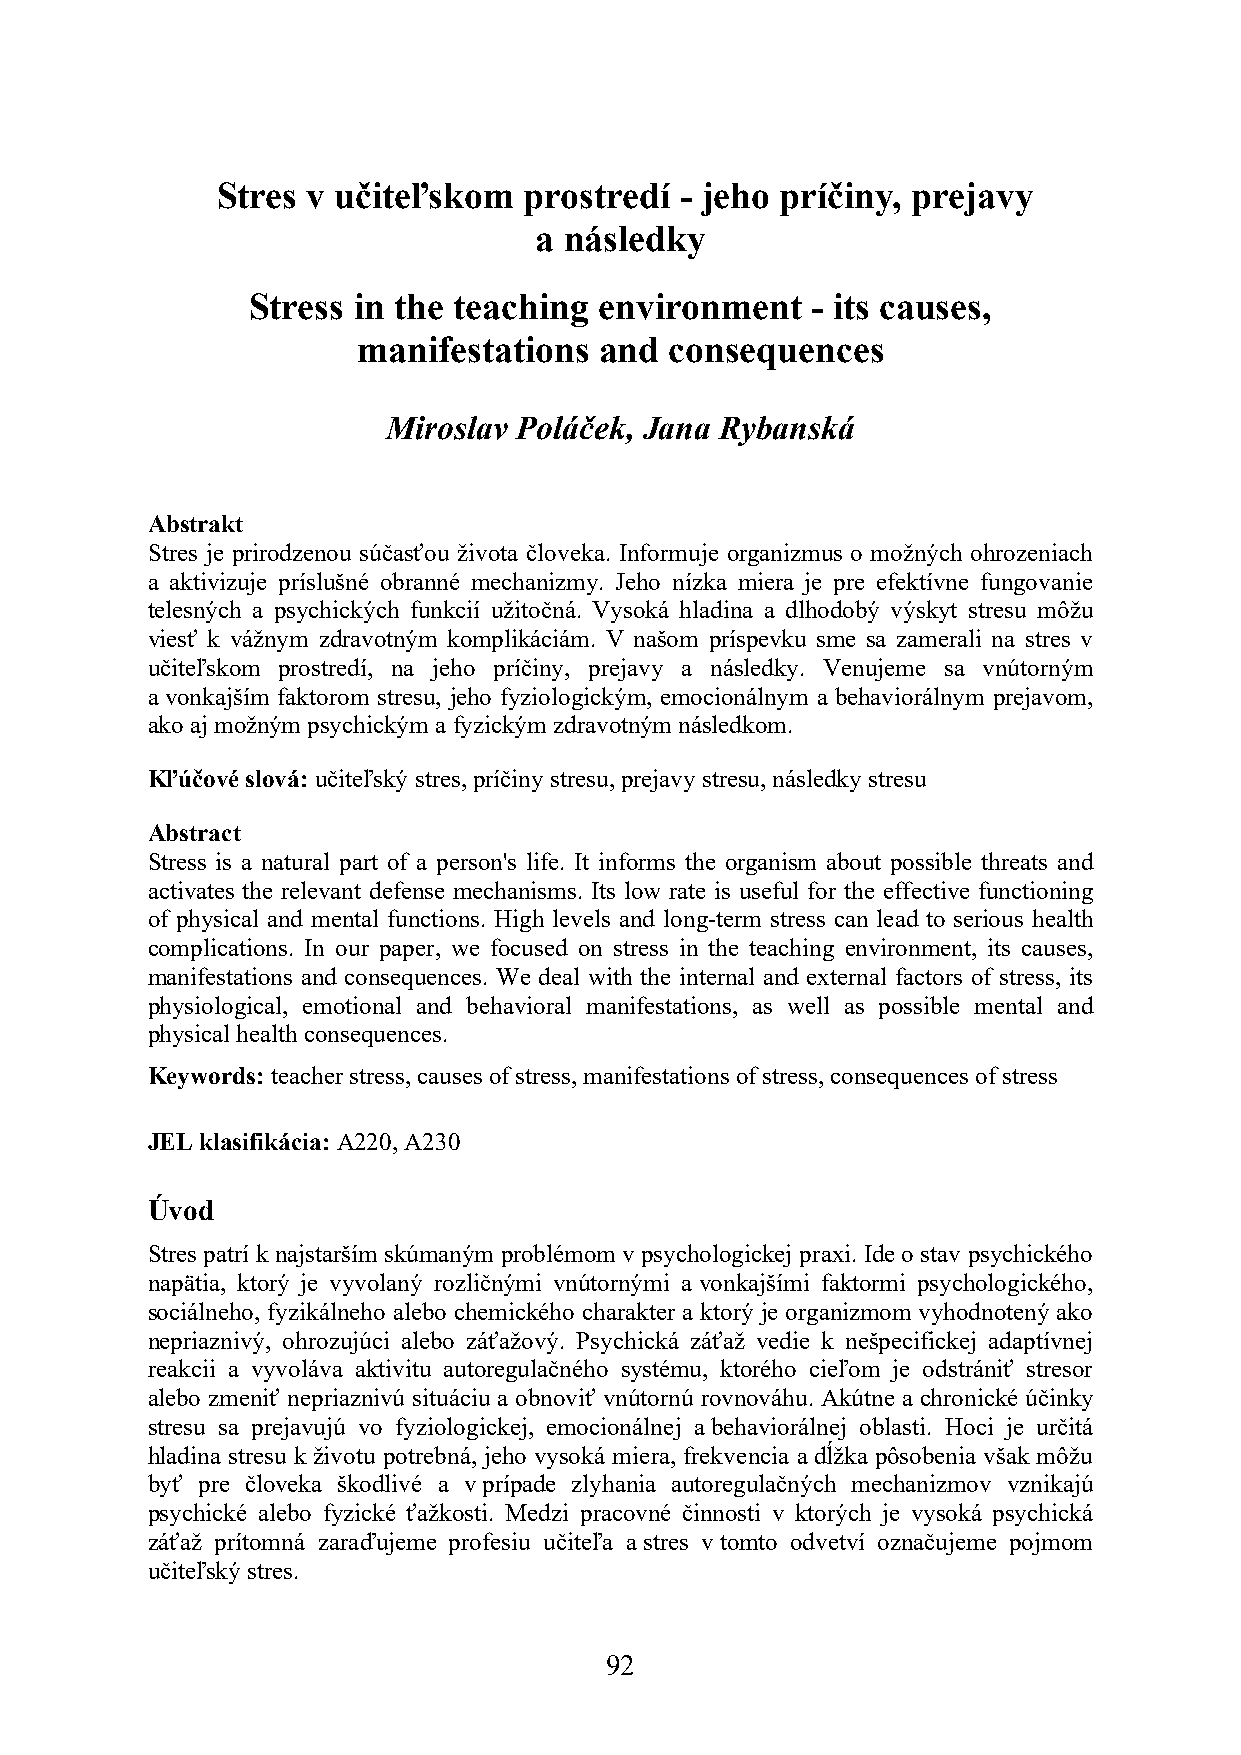
Stres v učiteľskom   prostredí - jeho príčiny, prejavy
 a následky
 Stress in the teaching  environment   - its causes,
 manifestations  and consequences
 Miroslav Poláček, Jana Rybanská
 Abstrakt
 Stres je prirodzenou súčasťou života človeka. Informuje organizmus o možných ohrozeniach
 a aktivizuje príslušné obranné mechanizmy. Jeho nízka miera je pre efektívne fungovanie
 telesných a psychických funkcií užitočná. Vysoká hladina a dlhodobý výskyt stresu môžu
 viesť k vážnym zdravotným komplikáciám. V našom príspevku sme sa zamerali na stres v
 učiteľskom prostredí, na jeho príčiny, prejavy a následky. Venujeme sa vnútorným
 a vonkajším faktorom stresu, jeho fyziologickým, emocionálnym a behaviorálnym prejavom,
 ako aj možným psychickým a fyzickým zdravotným následkom.
 Kľúčové slová: učiteľský stres, príčiny stresu, prejavy stresu, následky stresu
 Abstract
 Stress is a natural part of a person's life. It informs the organism about possible threats and
 activates the relevant defense mechanisms. Its low rate is useful for the effective functioning
 of physical and mental functions. High levels and long-term stress can lead to serious health
 complications. In our paper, we focused on stress in the teaching environment, its causes,
 manifestations and consequences. We deal with the internal and external factors of stress, its
 physiological, emotional and behavioral manifestations, as well as possible mental and
 physical health consequences.
 Keywords: teacher stress, causes of stress, manifestations of stress, consequences of stress
 JEL klasifikácia: A220, A230
 Úvod
 Stres patrí k najstarším skúmaným problémom v psychologickej praxi. Ide o stav psychického
 napätia, ktorý je vyvolaný rozličnými vnútornými a vonkajšími faktormi psychologického,
 sociálneho, fyzikálneho alebo chemického charakter a ktorý je organizmom vyhodnotený ako
 nepriaznivý, ohrozujúci alebo záťažový. Psychická záťaž vedie k nešpecifickej adaptívnej
 reakcii a vyvoláva aktivitu autoregulačného systému, ktorého cieľom je odstrániť stresor
 alebo zmeniť nepriaznivú situáciu a obnoviť vnútornú rovnováhu. Akútne a chronické účinky
 stresu sa prejavujú vo fyziologickej, emocionálnej a behaviorálnej oblasti. Hoci je určitá
 hladina stresu k životu potrebná, jeho vysoká miera, frekvencia a dĺžka pôsobenia však môžu
 byť pre človeka škodlivé a v prípade zlyhania autoregulačných mechanizmov vznikajú
 psychické alebo fyzické ťažkosti. Medzi pracovné činnosti v ktorých je vysoká psychická
 záťaž prítomná zaraďujeme profesiu učiteľa a stres v tomto odvetví označujeme pojmom
 učiteľský stres.
 92